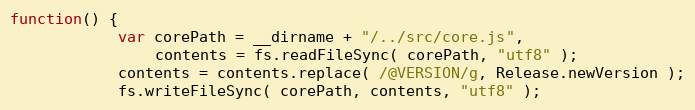
Language: JavaScript
function() {
			var corePath = __dirname + "/../src/core.js",
				contents = fs.readFileSync( corePath, "utf8" );
			contents = contents.replace( /@VERSION/g, Release.newVersion );
			fs.writeFileSync( corePath, contents, "utf8" );